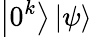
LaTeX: \left|0^{k}\right\rangle\left|\psi\right\rangle